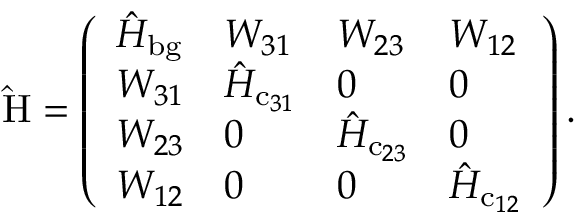
\mathrm { \hat { H } } = \left( \begin{array} { l l l l } { \hat { H } _ { \mathrm { b g } } } & { W _ { 3 1 } } & { W _ { 2 3 } } & { W _ { 1 2 } } \\ { W _ { 3 1 } } & { \hat { H } _ { \mathrm { c } _ { 3 1 } } } & { 0 } & { 0 } \\ { W _ { 2 3 } } & { 0 } & { \hat { H } _ { \mathrm { c } _ { 2 3 } } } & { 0 } \\ { W _ { 1 2 } } & { 0 } & { 0 } & { \hat { H } _ { \mathrm { c } _ { 1 2 } } } \end{array} \right) .